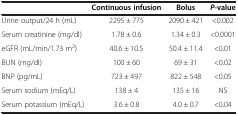
<table><thead><tr><td><b> </b></td><td><b>Continuous infusion</b></td><td><b>Bolus</b></td><td><b><i>P</i>-value</b></td></tr></thead><tbody><tr><td>Urine output/24 h (mL)</td><td>2295 ± 775</td><td>2090 ± 421</td><td>&lt;0.002</td></tr><tr><td>Serum creatinine (mg/dl)</td><td>1.78 ± 0.6</td><td>1.34 ± 0.3</td><td>&lt;0.0001</td></tr><tr><td>eGFR (mL/min/1.73 m<sup>2</sup>)</td><td>40.6 ± 10.5</td><td>50.4 ± 11.4</td><td>&lt;0.01</td></tr><tr><td>BUN (mg/dl)</td><td>100 ± 60</td><td>69 ± 31</td><td>&lt;0.02</td></tr><tr><td>BNP (pg/mL)</td><td>723 ± 497</td><td>822 ± 548</td><td>&lt;0.05</td></tr><tr><td>Serum sodium (mEq/L)</td><td>138 ± 4</td><td>135 ± 16</td><td>NS</td></tr><tr><td>Serum potassium (mEq/L)</td><td>3.6 ± 0.8</td><td>4.0 ± 0.7</td><td>&lt;0.04</td></tr></tbody></table>